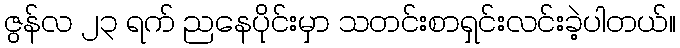
ဇွန်လ ၂၃ ရက် ညနေပိုင်းမှာ သတင်းစာရှင်းလင်းခဲ့ပါတယ်။